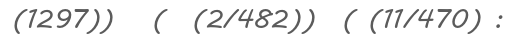
(1297))   (  (2/482))  ( (11/470) :